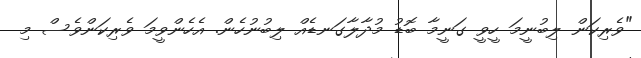
"ވެރިކަން ލިބުނީމަ ހީވީ ގަނީމާ ބޮޑު މުދާލާގަނޑެއް ލިބުނުހެން. އެހެންވީމަ ވެރިކަންވެސް މި